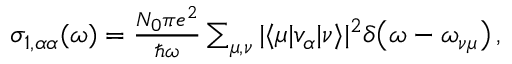
\begin{array} { r } { \sigma _ { 1 , \alpha \alpha } ( \omega ) = \frac { N _ { 0 } \pi e ^ { 2 } } { \hbar \omega } \sum _ { \mu , \nu } \vert \langle \mu \vert v _ { \alpha } \vert \nu \rangle \vert ^ { 2 } \delta \big ( \omega - \omega _ { \nu \mu } \big ) \, , } \end{array}